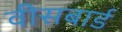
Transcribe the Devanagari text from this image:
वीसबार्ड